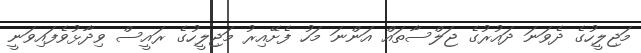
މަޖިލީހުގެ ދެވަނަ ދައުރުގެ ޖަލްސާތައް އަންނަ މަހު ފެށޭއިރު މަޖިލީހުގެ ރައީސް ވިދާޅުވެފައިވަނީ